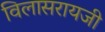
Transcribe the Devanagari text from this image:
विलासरायजी